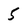
Character: 5